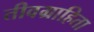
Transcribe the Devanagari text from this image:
तीवग्राहिता